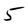
Character: 5